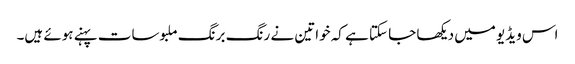
اس ویڈیو میں دیکھا جا سکتا ہے کہ خواتین نے رنگ برنگ ملبوسات پہنے ہوئے ہیں۔